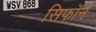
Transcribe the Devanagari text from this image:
सिफॉन